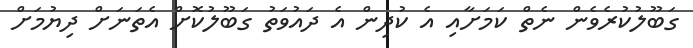
ގަބޫލުކުރެވެން ނެތް ކަމަށާއި އެ ކުދިން އެ ދައުވަތު ގަބޫލުކޮށް އެތަނަށް ދިޔުމަށް